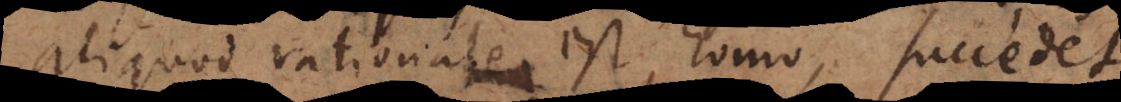
aliquod rationale est homo, succedet